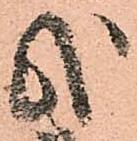
哉